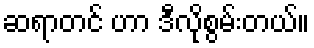
ဆရာတင် ဟာ ဒီလိုစွမ်းတယ်။